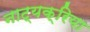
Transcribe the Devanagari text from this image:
नाट्यक्रिया